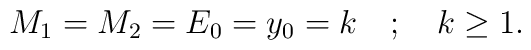
M_1=M_2=E_0=y_0=k \quad ;\quad k\ge 1.